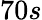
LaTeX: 70s